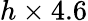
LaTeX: h\times 4.6